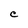
Character: C